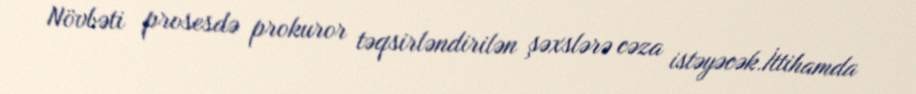
Növbəti prosesdə prokuror təqsirləndirilən şəxslərə cəza istəyəcək.İttihamda